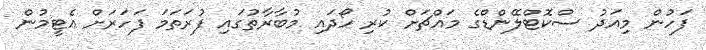
ފަހުން މިއަދު ސްކޮޓްލޭންޑްގެ މައްޗަށް ކުރި ހޯދައި މުބާރާތުގައި ފުރަތަަމަ ފަހަރަށް އެޓީމުން